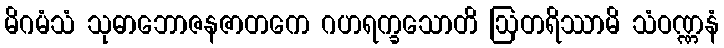
မိဂမံသံ သုဓာဘောဇနဇာတကေ ဂဟရက္ခသောတိ ဩတရိဿာမိ သံဝဏ္ဏနံ